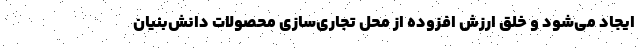
ایجاد می‌شود و خلق ارزش افزوده از محل تجاری‌سازی محصولات دانش‌بنیان